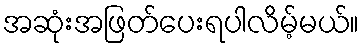
အဆုံးအဖြတ်ပေးရပါလိမ့်မယ်။